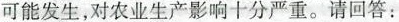
可能发生，对农业生产影响十分严重。请回答：